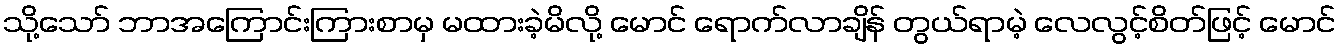
သို့သော် ဘာအကြောင်းကြားစာမှ မထားခဲ့မိလို့ မောင် ရောက်လာချိန် တွယ်ရာမဲ့ လေလွင့်စိတ်ဖြင့် မောင်